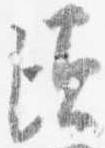
須